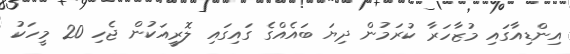
އިންޑިއާގައި މުޒާހަރާ ކުރަމުން ދިޔަ ބައެއްގެ ގައިގައި ލޮރީއަކުން ޖެހި 20 މީހަކު